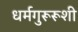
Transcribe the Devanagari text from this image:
धर्मगुरूरूशी